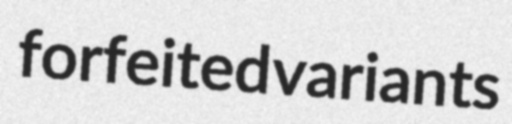
forfeited variants